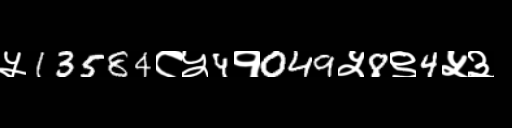
Text: ५13584८५4१049५8९4५३